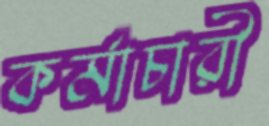
কর্মাচারী